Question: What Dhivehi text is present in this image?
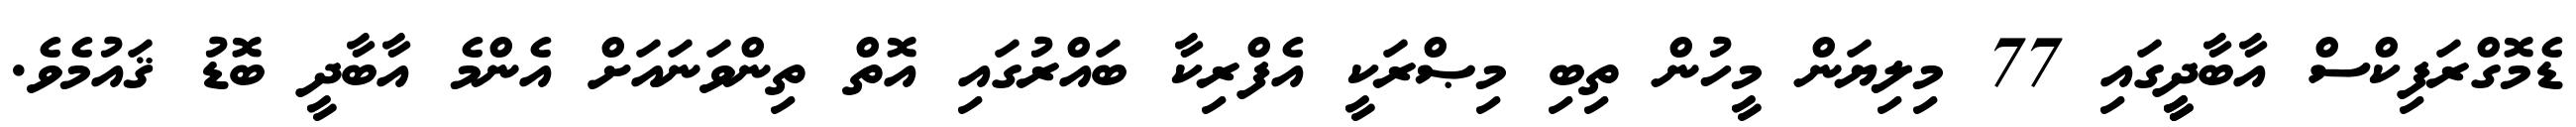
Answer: ޑެމޮގްރަފިކްސް އާބާދީީގައި 77 މިލިޔަން މީހުން ތިބި މިޞްރަކީ އެފްރިކާ ބައްރުގައި އޮތް ތިންވަނައަށް އެންމެ އާބާދީ ބޮޑު ޤައުމެވެ.